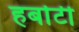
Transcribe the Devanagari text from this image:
हर्बाटी